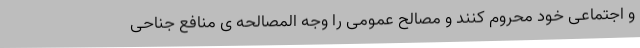
و اجتماعی خود محروم کنند و مصالح عمومی را وجه المصالحه ی منافع جناحی